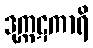
ဒုက္ကဋကာရိ